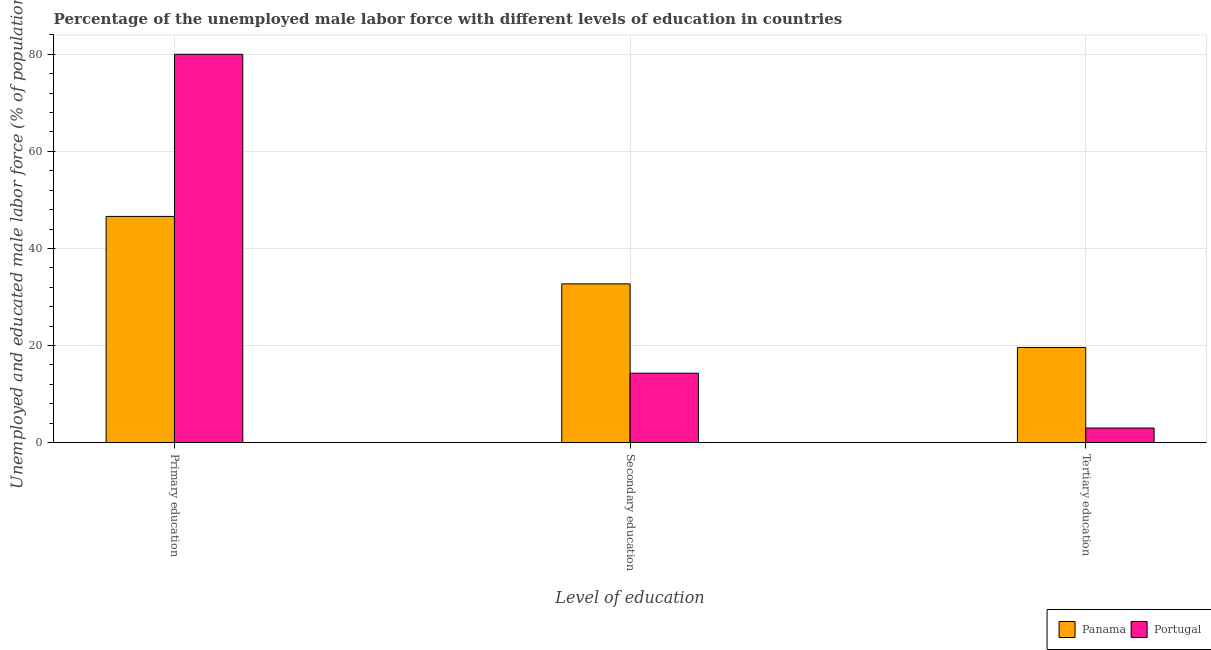
| Level of education | Panama | Portugal |
 | --- | --- | --- |
 | Primary education | 46.6 | 80 |
 | Secondary education | 32.7 | 14.3 |
 | Tertiary education | 19.6 | 3 |